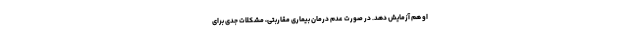
او هم آزمایش دهد. در صورت عدم درمان بیماری مقاربتی، مشکلات جدی برای